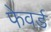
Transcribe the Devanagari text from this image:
फेवर्ड